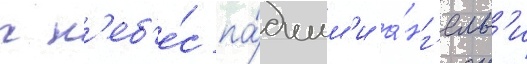
с н'еб'е́с па́дшим'и а́нг'елам'и